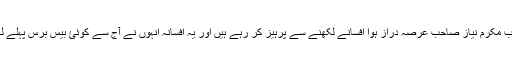
آں جناب مکرم نیاز صاحب عرصہ دراز ہوا افسانے لکھنے سے پرہیز کر رہے ہیں اور یہ افسانہ انہوں نے آج سے کوئئ بیس برس پہلے لکھاتھا۔